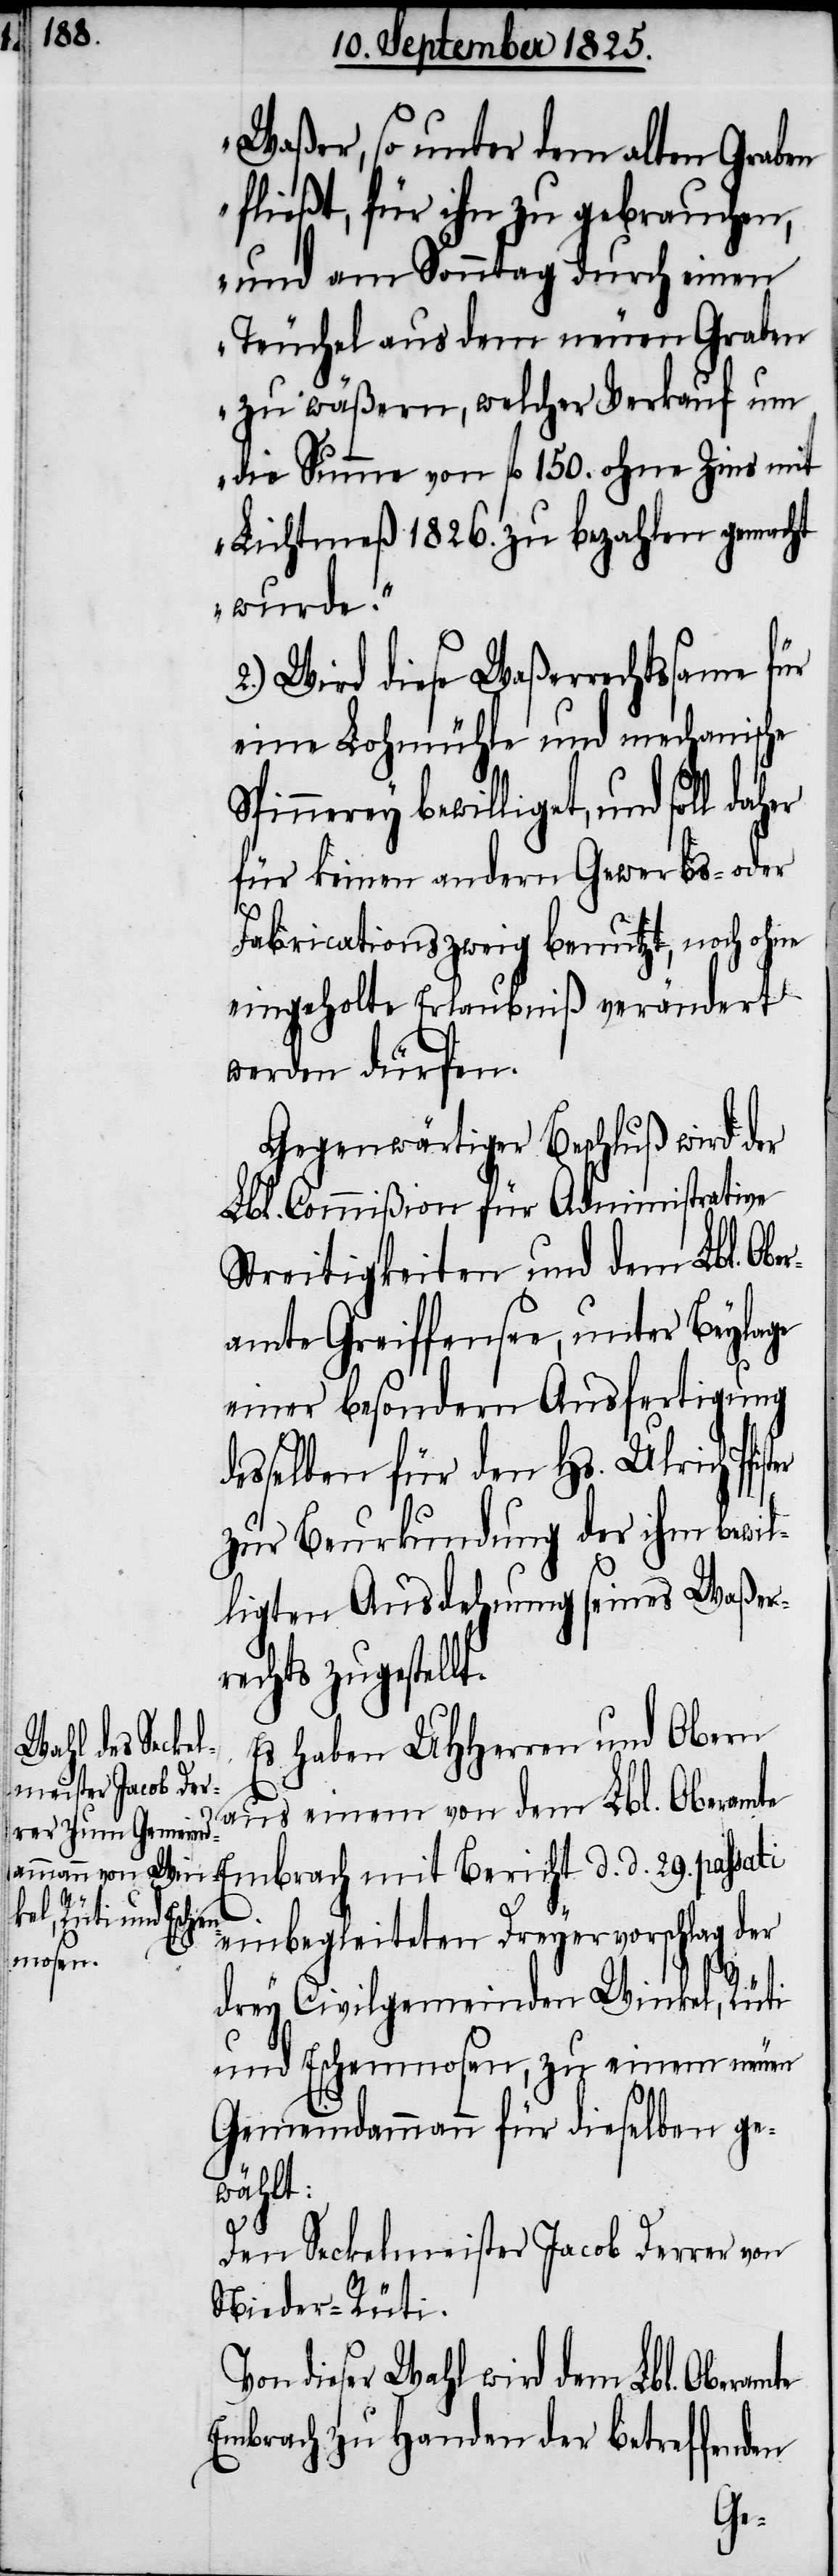
Waßer, so unter dem alten Graben
fließt, für ihn zu gebrauchen,
und am Sonntag durch einen
Teuchel aus dem neuen Graben
zu wäßern, welcher Verkauf um
die Summe von fl 150. ohne Zins mit
Lichtmeß 1826. zu bezahlen gemacht
wurde“.
2.) Wird diese Waßerrechtssame für
eine Lohmühle und mechanische
Spinnerey bewilliget, und soll
für keinen andern Gewerbs- oder
Fabricationszweig benutzt, noch ohne
eingeholte Erlaubniß verändert
werden dürfen.
Gegenwärtiger Beschluß wird der
Lbl. Commißion für Administrative
Streitigkeiten und dem Lbl. Obe¬
ramte Greiffensee, unter Beylage
einer besondern Ausfertigung
desselben für den Hs. Ulrich Pfi¬
zur Beurkundung der ihm bewil¬
ligten Ausdehnung seines Waßer¬
echts zugestell¬
Es haben UHHerren und Obern
aus einem von dem Lbl. Oberamte
einbegleiteten Dreyervorschlag der
drey Civilgemeinden Winkel, Rüti
und Eschenmosen, zu einem neuen
Gemeindammann für dieselben ge¬
wählt:
d.
Den Seckelmeister Jacob Derrer von
Nieder-Rüti.
Von dieser Wahl wird dem Lbl. Oberamte
Embrach zu Handen der betreffenden
r¬